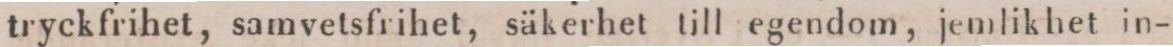
tryckfrihet, samvetsfrihet, säkerhet till egendom, jemlikhet in-